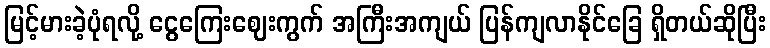
မြင့်မားခဲ့ပုံရလို့ ငွေကြေးဈေးကွက် အကြီးအကျယ် ပြန်ကျလာနိုင်ခြေ ရှိတယ်ဆိုပြီး